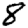
Digit: 8